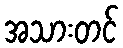
အသားတင်